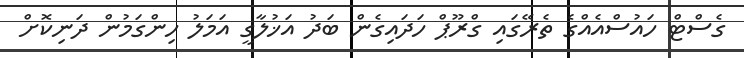
ގެސްޓް ހައުސްއެއްގެ ތެރޭގައި ގްރޫޕް ހަދައިގެން ބަދު އަޚުލާގީ އަމަލު ހިންގަމުން ދަނިކޮށް